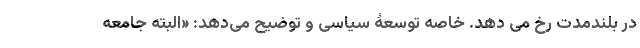
در بلندمدت رخ می دهد. خاصه توسعۀ سیاسی و توضیح می‌دهد: «البته جامعه